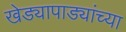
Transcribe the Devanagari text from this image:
खेड्यापाड्यांच्या